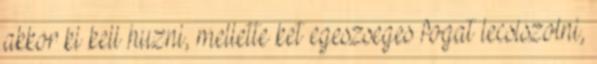
akkor ki kell huzni, mellette ket egeszseges fogat lecsiszolni,